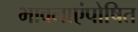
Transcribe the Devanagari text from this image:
भावनाएंपोषित